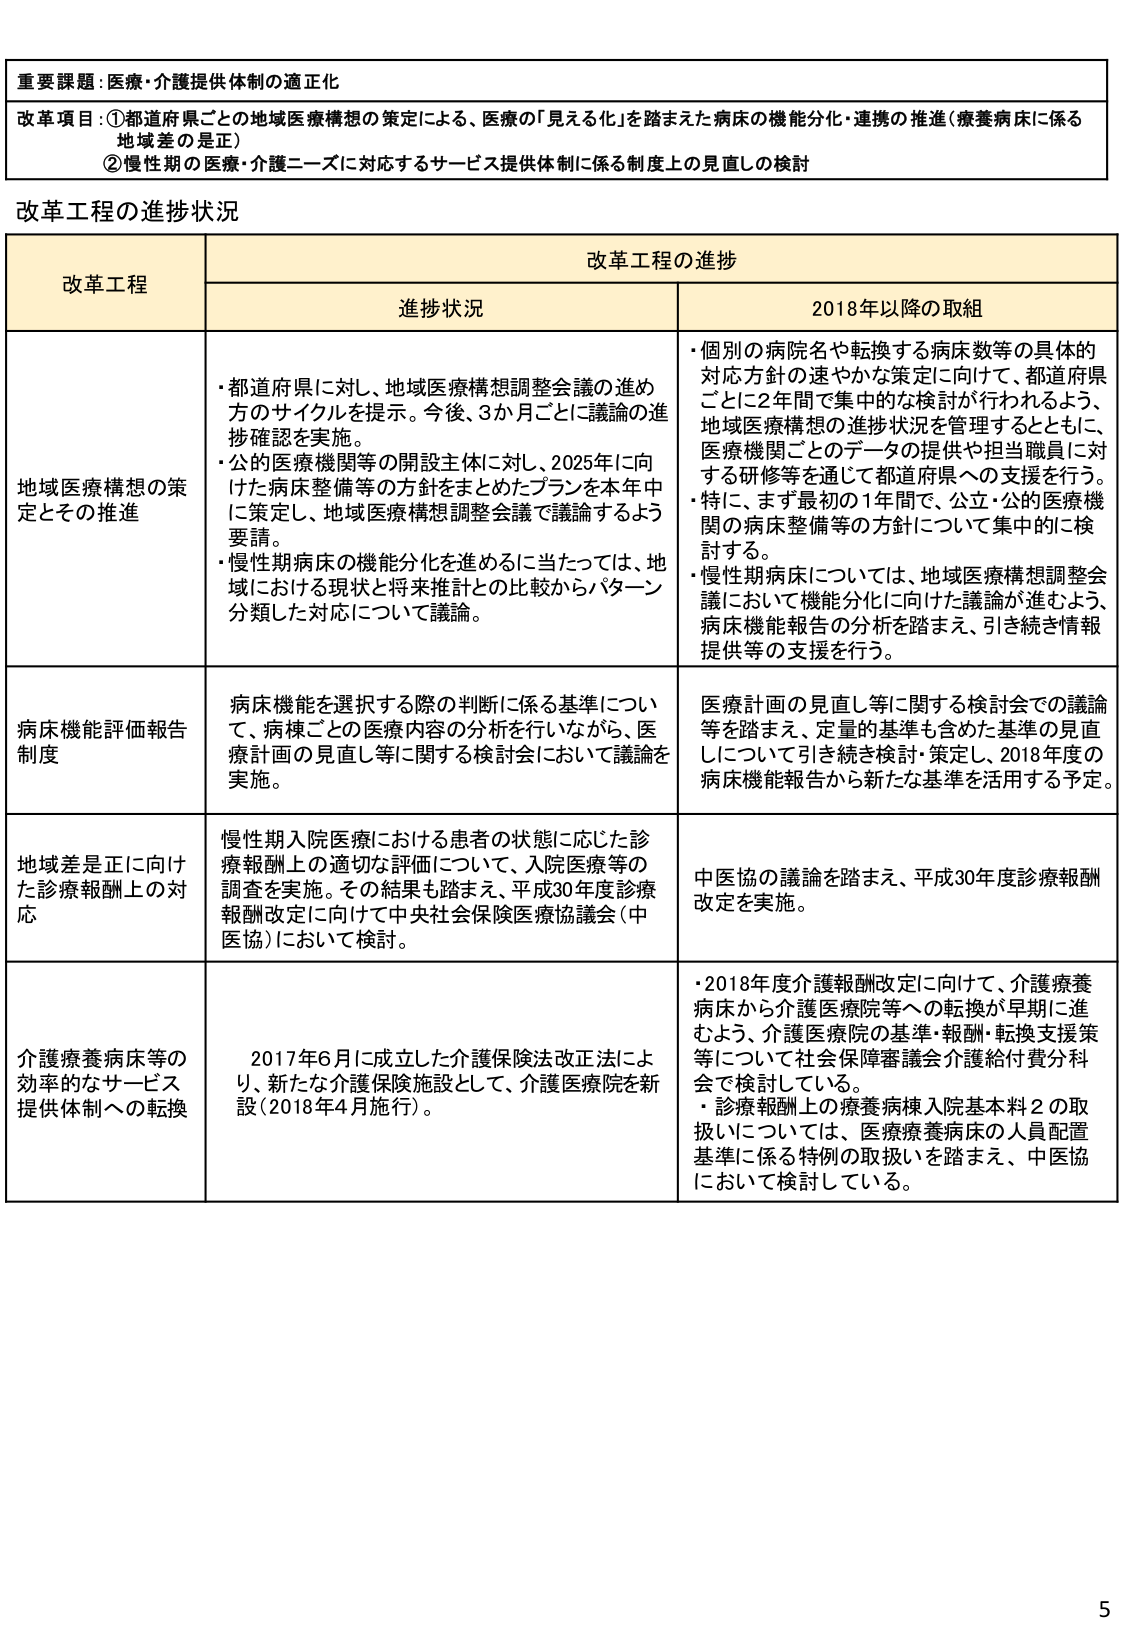
重要課題：医療・介護提供体制の適正化

改革項目：①都道府県ごとの地域医療構想の策定による、医療の「見える化」を踏まえた病床の機能分化・連携の推進（療養病床に係る地域差の是正）
②慢性期の医療・介護ニーズに対応するサービス提供体制に係る制度上の見直しの検討

改革工程の進捗状況

改革工程